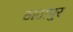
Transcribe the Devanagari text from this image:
ठाठापुर